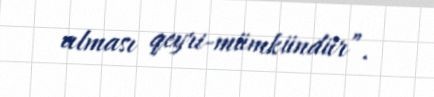
alması qeyri-mümkündür”.